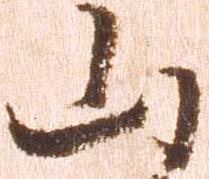
山